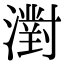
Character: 濧